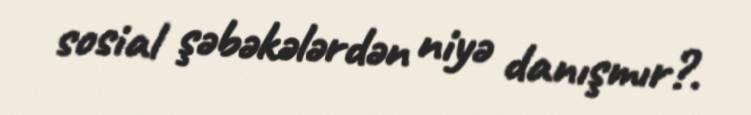
sosial şəbəkələrdən niyə danışmır?.